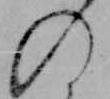
の